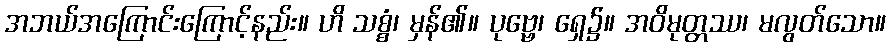
အဘယ်အကြောင်းကြောင့်နည်း။ ဟိ သစ္စံ၊ မှန်၏။ ပုဗ္ဗေ၊ ရှေ၌။ အဝိမုတ္တဿ၊ မလွတ်သော။